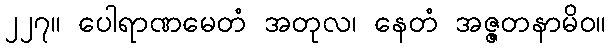
၂၂၇။ ပေါရာဏမေတံ အတုလ၊ နေတံ အဇ္ဇတနာမိဝ။